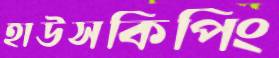
হাউসকিপিং